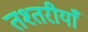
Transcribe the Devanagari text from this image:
तश्तरीयाँ